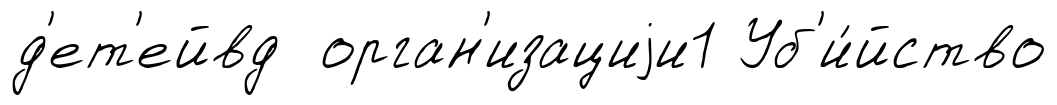
д'ет'ейвд орган'изациjи1 Уб'и́йство